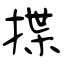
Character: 揲